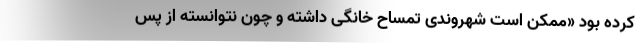
کرده بود «ممکن است شهروندی تمساح خانگی داشته و چون نتوانسته از پس